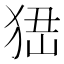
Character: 峱